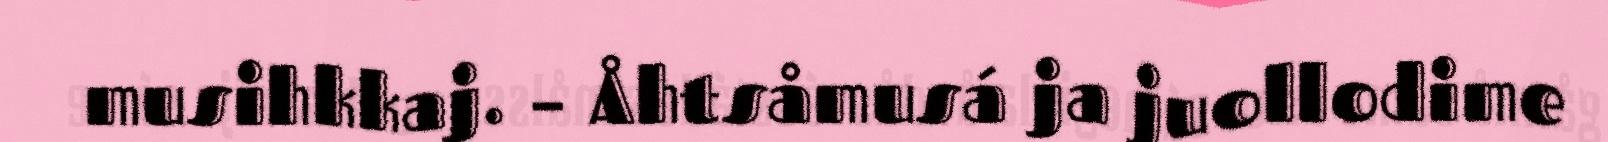
musihkkaj. – Åhtsåmusá ja juollodime